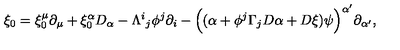
\xi _ { 0 } = \xi _ { 0 } ^ { \mu } \partial _ { \mu } + \xi _ { 0 } ^ { \alpha } D _ { \alpha } - \Lambda ^ { i } { } _ { j } \phi ^ { j } \partial _ { i } - \Big ( ( \alpha + \phi ^ { j } \Gamma _ { j } D \alpha + D \xi ) \psi \Big ) ^ { \alpha ^ { \prime } } \partial _ { \alpha ^ { \prime } } ,